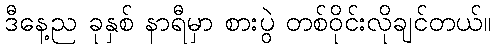
ဒီနေ့ည ခုနှစ် နာရီမှာ စားပွဲ တစ်ဝိုင်းလိုချင်တယ်။